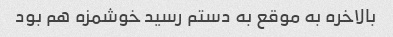
بالاخره به موقع به دستم رسید خوشمزه هم بود